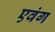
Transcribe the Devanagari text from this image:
एवंग